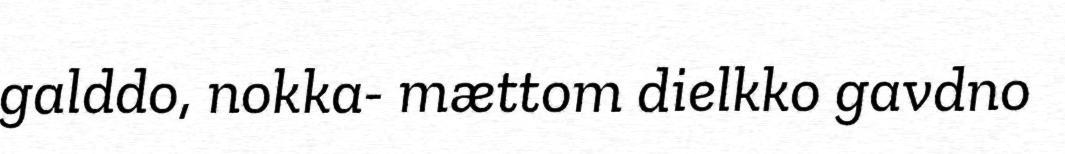
galddo, nokka- mættom dielkko gavdno